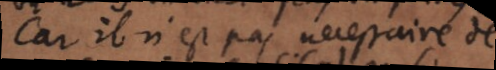
car il n’est pas nécessaire de